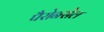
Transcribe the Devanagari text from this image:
पैरोनसेल